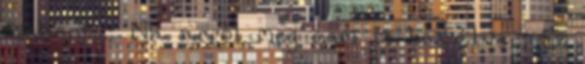
szehenza: Na arról meg nem is beszélve : Ez